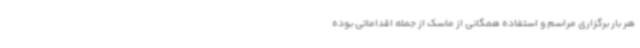
هر بار برگزاری مراسم و استفاده همگانی از ماسک از جمله اقداماتی بوده